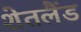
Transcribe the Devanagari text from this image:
शेतलैंड